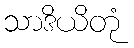
သာဒိယိတုံ